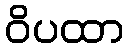
ဝိပထာ